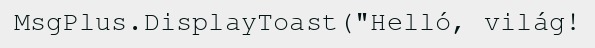
MsgPlus.DisplayToast("Helló, világ!